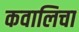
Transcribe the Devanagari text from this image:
कवालिचा